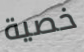
خصية